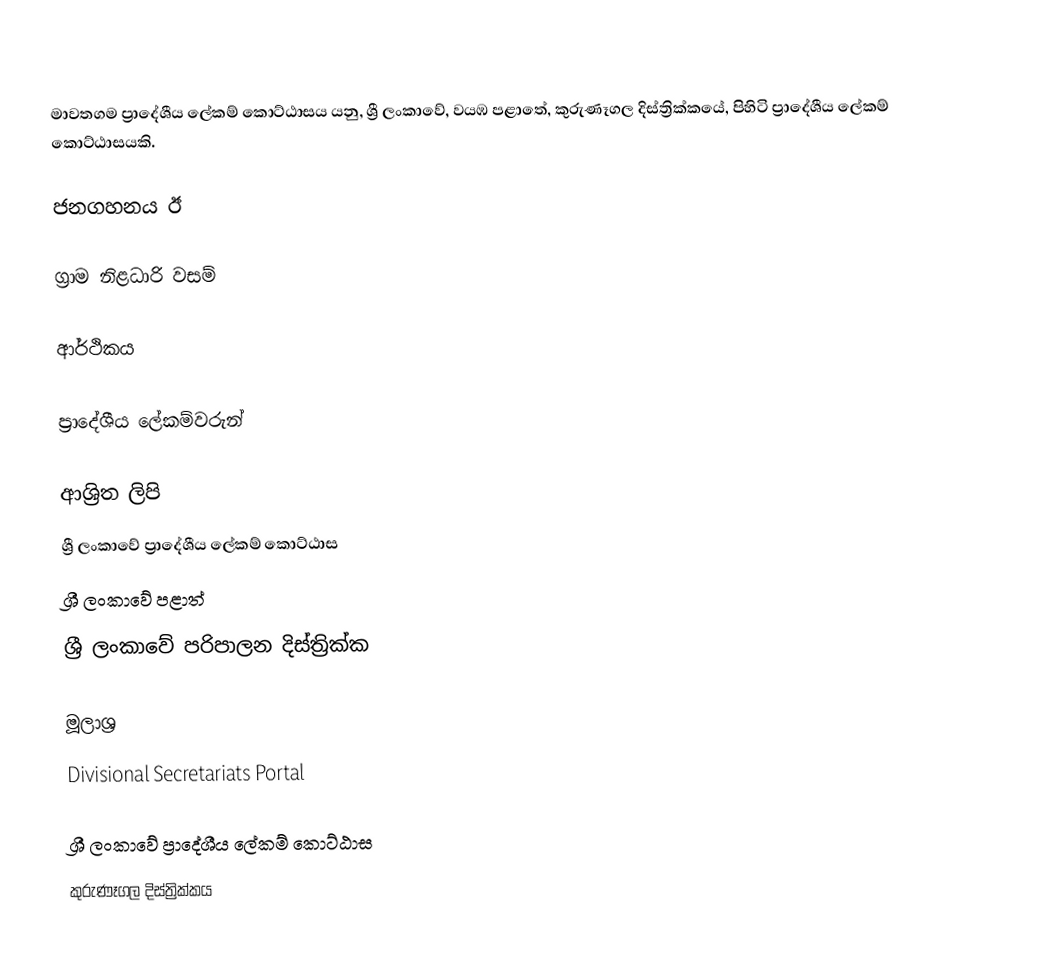
මාවතගම ප්‍රාදේශීය ලේකම් කොට්ඨාසය යනු,  ශ්‍රී ලංකාවේ, වයඹ පළාතේ,   කුරුණෑගල දිස්ත්‍රික්කයේ, පිහිටි ප්‍රාදේශීය ලේකම් කොට්ඨාසයකි.

ජනගහනය ඊ

ග්‍රාම නිළධාරි වසම්

ආර්ථිකය

ප්‍රාදේශීය ලේකම්වරුන්

ආශ්‍රිත ලිපි
ශ්‍රී ලංකාවේ ප්‍රාදේශීය ලේකම් කොට්ඨාස
ශ්‍රී ලංකාවේ පළාත්
ශ්‍රී ලංකාවේ පරිපාලන දිස්ත්‍රික්ක

මූලාශ්‍ර
 Divisional Secretariats Portal

ශ්‍රී ලංකාවේ ප්‍රාදේශීය ලේකම් කොට්ඨාස
කුරුණෑගල දිස්ත්‍රික්කය